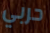
حربي